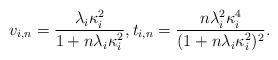
LaTeX: \begin{align*} v_{i,n} = \frac{\lambda_i\kappa_i^2}{1+n\lambda_i\kappa_i^2}, t_{i,n} = \frac{n\lambda_i^2\kappa_i^4}{(1+n\lambda_i\kappa_i^2)^2}.\end{align*}